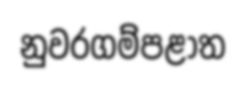
නුවරගම්පළාත